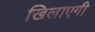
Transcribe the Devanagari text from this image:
खिलाएगी